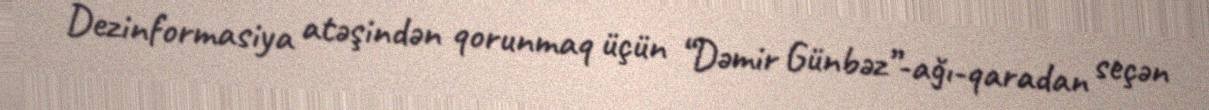
Dezinformasiya atəşindən qorunmaq üçün “Dəmir Günbəz”-ağı-qaradan seçən